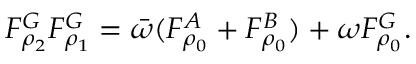
\begin{array} { r } { F _ { \rho _ { 2 } } ^ { G } F _ { \rho _ { 1 } } ^ { G } = \bar { \omega } ( F _ { \rho _ { 0 } } ^ { A } + F _ { \rho _ { 0 } } ^ { B } ) + \omega F _ { \rho _ { 0 } } ^ { G } . } \end{array}